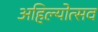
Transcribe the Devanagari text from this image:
अहिल्योत्सव